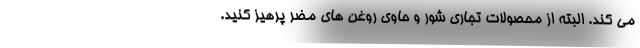
می کند. البته از محصولات تجاری شور و حاوی روغن های مضر پرهیز کنید.